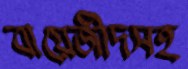
বায়েজীদসহ